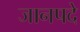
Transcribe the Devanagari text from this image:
जानपदे